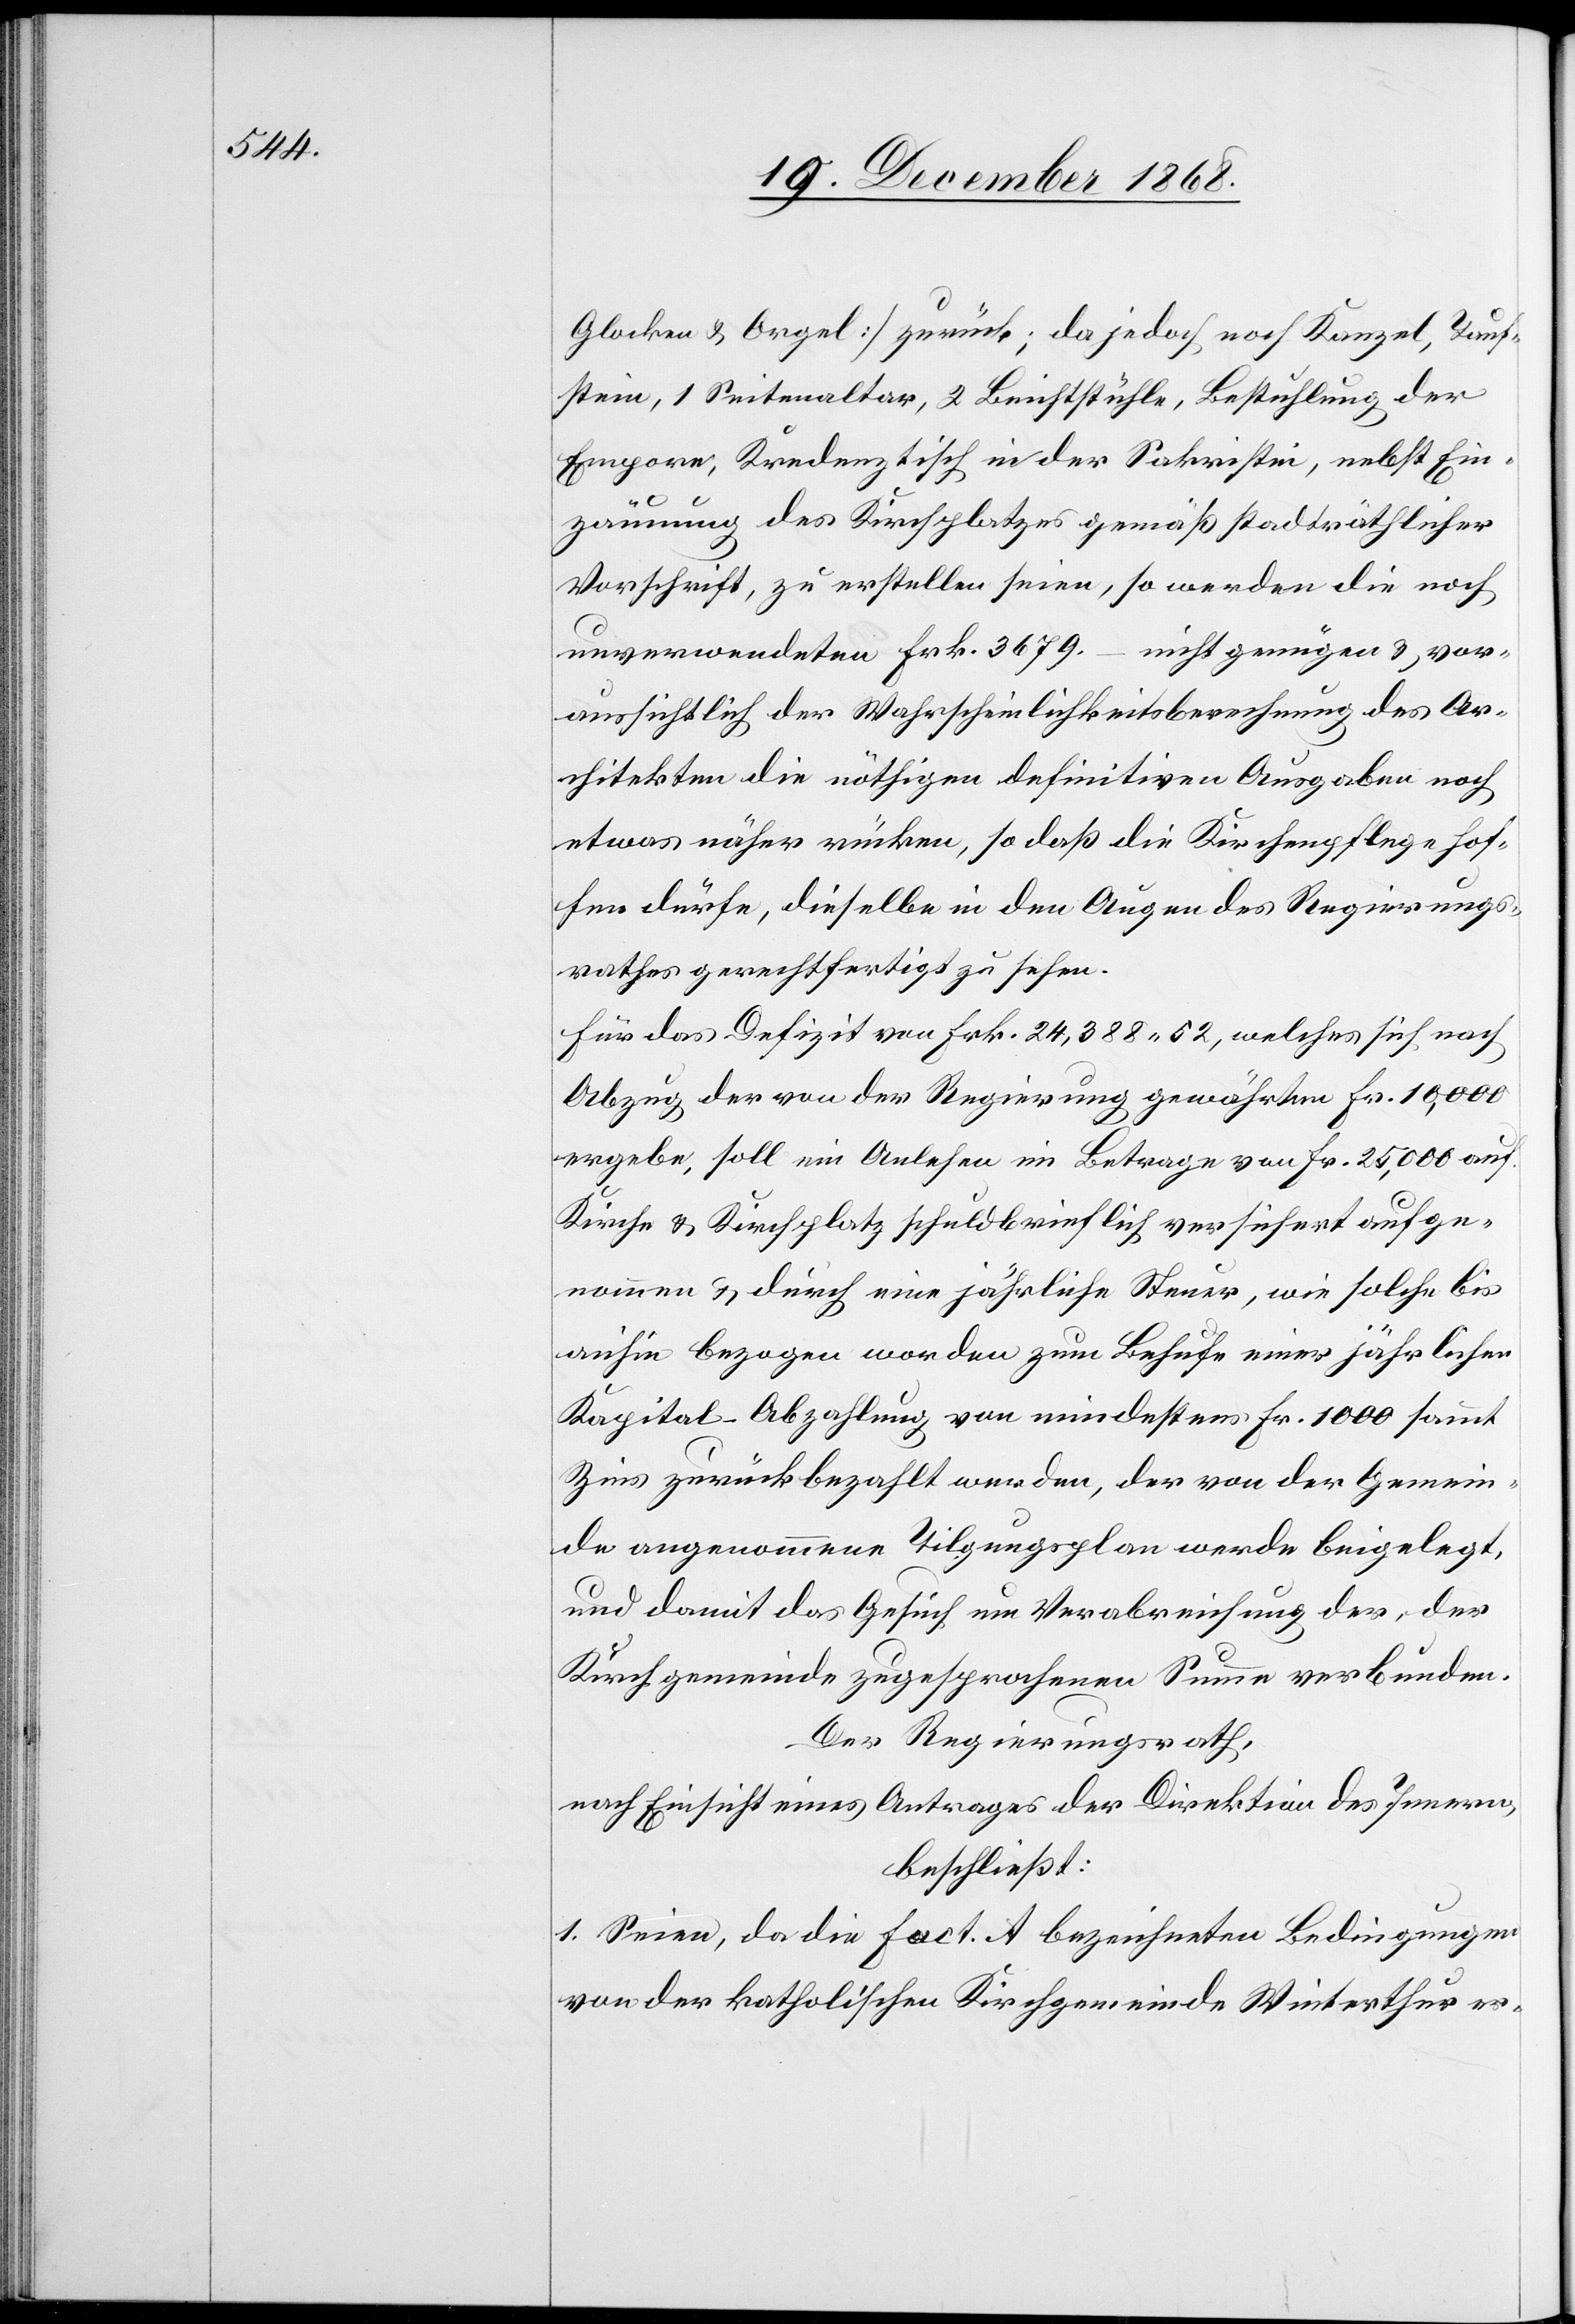
Tauf¬

stein, 1 Seitenaltar, 2 Beichtstühle, Bestuhlung der
Empore, Kredenztisch in der Sakristei, nebst Ein¬
zäunung des Kirchplatzes gemäß stadträthlicher
Vorschrift, zu erstellen seien, so werden die noch
unverwendeten Frk. 3679.– nicht genügen & vor¬
aussichtlich der Wahrscheinlichkeitsberechnung des Ar¬
chitekten die nöthigen definitiven Ausgaben noch
etwas näher rücken, so daß die Kirchenpflege hof¬
fen dürfe, dieselbe in den Augen des Regierungs¬
rathes gerechtfertigt zu sehen.
Für das Defizit von Frk. 24,388.52, welches sich nach
Abzug der von der Regierung gewährten Fr. 10,000
ergebe, soll ein Anlehen im Betrage von Fr. 25,000 auf
Kirche & Kirchplatz schuldbrieflich versichert aufge¬
nommen & durch eine jährliche Steuer, wie solche bis
anhin bezogen worden zum Behufe einer jährlichen
Kapital-Abzahlung von mindestens Fr. 1000 sammt
Zins zurückbezahlt werden, der von der Gemein¬
de angenommene Tilgungsplan werde beigelegt,
und damit das Gesuch um Verabreichung der, der
Kirchgemeinde zugesprochenen Summe verbunden.
Der Regierungsrath,
nach Einsicht eines Antrages der Direktion des Innern,
beschließt:
1. Seien, da die Fact. A bezeichneten Bedingungen
von der katholischen Kirchgemeinde Winterthur er-